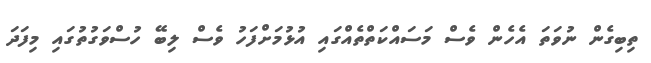
ތިބިގެން ނުވަތަ އެހެން ވެސް މަސައްކަތްތެއްގައި އުޅުމަށްފަހު ވެސް ލިބޭ ހުސްވަގުތުގައި މިފަދަ